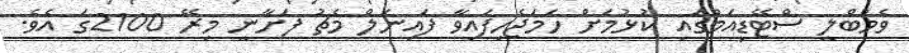
ވެމްބްލީ ސްޓޭޑިއަމްގައި ކުޅުމަށް ހަމަޖެހިފައިވާ ފައިނަލް މެޗު ފަށާނީ މިރޭ 2100ގަ އެވެ.